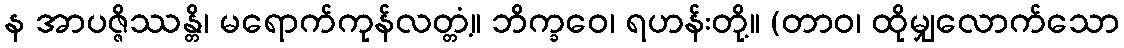
န အာပဇ္ဇိဿန္တိ၊ မရောက်ကုန်လတ္တံ့။ ဘိက္ခဝေ၊ ရဟန်းတို့။ (တာဝ၊ ထိုမျှလောက်သော